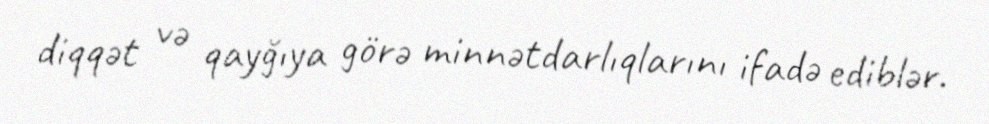
diqqət və qayğıya görə minnətdarlıqlarını ifadə ediblər.